Vital statistics of India. Vol. IV, Annual returns from 1871 to 1876. British Army of India, Native Army and jails of Bengal
Year: 1871
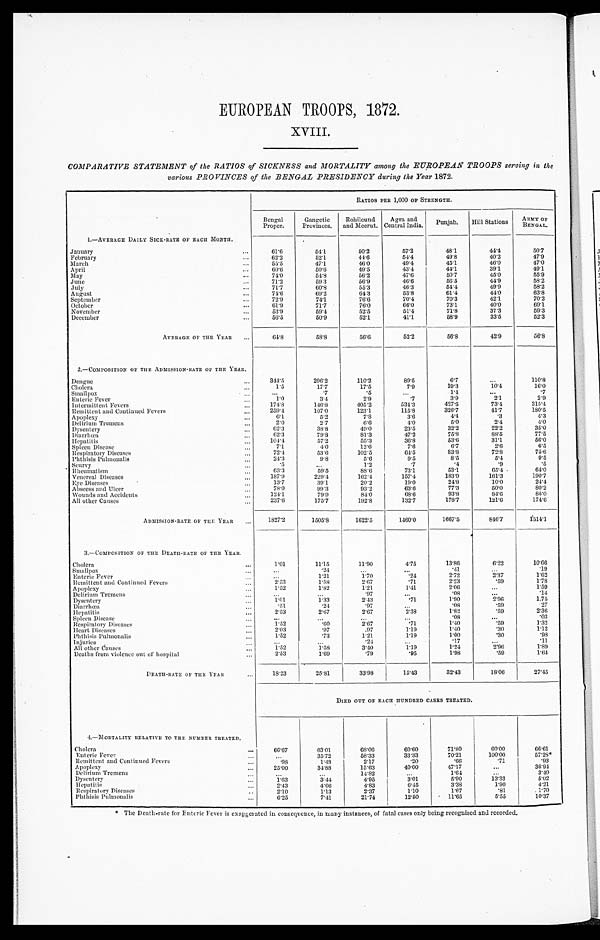
EUROPEAN TROOPS, 1872.
XVIII.
COMPARATIVE STATEMENT of the RATIOS of SICKNESS and MORTALITY among the EUROPEAN TROOPS serving in the
various PROVINCES of the BENGAL PRESIDENCY during the Year 1872.
1.—AVERAGE DAILY SICK-RATE OF EACH MONTH.
RATIOS PER 1,000 OF STRENGTH.
Bengal
Proper.
Gangetic
Provinces.
Rohilcund
and Meerut.
Agra and
Central India.
Punjab.
Hill Stations
ARMY OF
BENGAL.
61.6
5 4 . 1
50.2
57.2
48.1
44.4
50.7
January...
February ...
62.2
52.1
44.6
54.4
49.8
40.2
47.9
March ...
55.5
47.1
46.0
49.4
45.1
46.0
47.0
April
...
60.6
50.6
49.5
43.4
44.1
39.1
49.1
May
...
74.0
54.8
56.2
47.6
50.7
45.0
55.9
June ...
71.2
59.3
56.9
46.6
56.5
44.9
58.2
July
...
71.7
60.8
55.3
46.3
54.4
49.9
58.2
August
...
74.6
69.2
64.3
53.8
61.4
44.0
63.8
September ...
72.9
74.1
76.6
70.4
70.3
42.1
70.2
October
...
61.9
71.7
76.0
66.0
73.1
40.0
69.1
November ...
53.9
59.4
52.5
51.4
71.8
37.3
59.3
December...
56.5
50.9
52.1
41.1
58.9
33.5
52.3
AVERAGE OF THE YEAR
. . .
64.8
58.8
56.6
52.2
56.8
42.9
56.8
2.—COMPOSITION OF THE ADMISSION-RATE OF THE YEAR.
Dengue ...
344.5
296.2
110.2
89.5
6.7
...
110.8
Cholera ...
1.5
17.7
17.5
7.9
19.3
10.4
16.0
Smallpox ...
...
.7
.5
...
1.4
...
.7
Enteric Fever ...
1.0
3.4
2.9
.7
3.9
2.1
2.9
Intermittent Fevers
...
174.8
146.8
405.2
534.3
427.5
73.4
315.4
Remittent and Continued Fevers
...
259.4
107.0
123.1
115.8
326.7
41.7
180.5
Apoplexy
...
6.1
5.2
7.8
3.6
4.4
.3
4.3
Delirium Tremens
...
2.0
2.7
6.6
4.0
5.0
2.4
4.0
Dysentery ...
62.3
38.8
49.0
23.5
32.2
22.2
35.0
Diarrhœa
...
62.3
79.8
81.3
47.2
75.8
88.5
77.5
Hepatitis
...
104.4
57.2
55.3
36.8
53.6
31.1
56.0
Spleen Disease
...
7.1
4.0
12.6
7.6
6.7
2.6
6.5
Respiratory Diseases
...
72.4
53.6
102.5
64.5
83.8
72.8
75.6
Phthisis Pulmonalis ...
24.3
9.8
5.6
9.5
8.5
5.4
9.5
Scurvy
...
.5
...
1.2
.7
.4
.9
.5
Rheumatism ...
63.3
59.5
88.6
73.1
53.1
65.4
64.0
Venereal Diseases ...
187.9
229.4
162.4
157.4
183.9
161.3
190.7
Eye Diseases
...
13.7
39.1
20.2
19.0
24.8
10.0
24.4
Abscess and Ulcer
...
78.0
99.3
93.2
63.6
77.3
50.0
80.2
Wounds and Accidents
...
124.1
79.9
84.0
68.6
93.8
84.6
85.0
All other Causes
...
237.6
175.7
192.8
132.7
178.7
121.6
174.6
ADMISSION-RATE OF THE YEAR
. . .
1827.2
1505.8
1622.5
1460.0
1667.5
846.7
1514.1
3.—COMPOSITION OF THE DEATH-RATE OF THE YEAR.
Cholera
...
1.01
11.15
11.90
4.75
13.86
6.22
10.66
Smallpox ...
...
.24
...
...
.41
...
.19
Enteric Fever ...
...
1.21
1.70
.24
2.72
2.37
1.62
Remittent and Continued Fevers...
2.53
1.58
2.67
.71
2.23
59
1.78
Apoplexy
...
1.52
1.82
1.21
1.41
2.06
...
1.59
Delirium Tremens
...
...
...
.97
...
.08
...
.14
Dysentery
...
1.01
1.33
2.43
.71
1.90
2.96
1.75
Diarrhœa
...
.51
.24
.97
...
.08
.59
.27
Hepatitis
... 2.53
2.67
2.67
2.38
1.82
.59
2.36
Spleen Disease
...
...
...
...
...
.08
...
.03
Respiratory Diseases
. . .
1.52
.60
2.67
.71
1.40
.59
1.32
Heart Diseases
...
2.03
.97
.97
1.19
1.40
.30
1.12
Phthisis Pulmonalis
...
1.52
.73
1.21
1.19
1.00
.30
.98
Injuries
...
...
...
.24
...
.17
...
.11
All other Causes
...
1.52
1.58
3.40
1.19
1.24
2.96
1.89
Deaths from violence out of hospital
...
2.53
1.69
.79
.95
1.98
.59
1.64
DEATH-RATE OF THE YEAR
...
18.23
25.81
33.98
15.43
32.43
18.06
27.45
DIED OUT OF EACH HUNDRED CASES TREATED.
4.—MORTALITY RELATIVE TO THE NUMBER TREATED.
Cholera
. ..
66.67
63.01
68.06
60.60
71.80
60.00
66.61
Enteric Fever
...
...
35.72
58.33
33.33
70.21
100.00
57.28*
Remittent and Continued Fevers
...
.98
1.48
2.17
.20
.66
.71
.93
Apoplexy...
25.00
34.88
15.63
40.00
47.17
...
36.94
Delirium Tremens ... ...
...
14.82
...
1.64 ...
3.40
Dysentery
...
1.63
3.44
4.95
3.01
5.90
13.33
5.02
Hepatitis.... 2.43
4.66
4.83
6.45
3.38
1.90
4.21
Respiratory Diseases
. .. 2.10
1.13
2.37
1.10
1.67
.81
1.70
Phthisis Pulmonalis
...
6.25
7.41
21.74
12.50
11.65
5.55
10.37
* The Death-rate for Enteric Fever is exaggerated in consequence, in many instances, of fatal cases only being recognised and recorded.